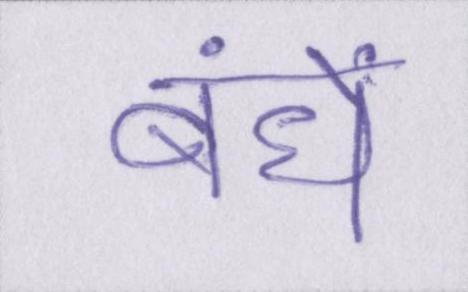
बंधे